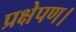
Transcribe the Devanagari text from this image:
प्रक्षेपण।